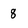
Character: 8